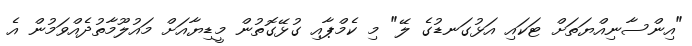
"އިންސާނިއްޔަތަށް ޓަކައި އަޅުގަނޑުގެ ލޭ" މި ކެމްޕާއި ގުޅޭގޮތުން މީޑިޔާއަށް މައުލޫމާތުދެއްވަމުން އެ